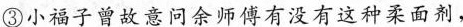
③小福子曾故意问余师傅有没有这种柔面剂，